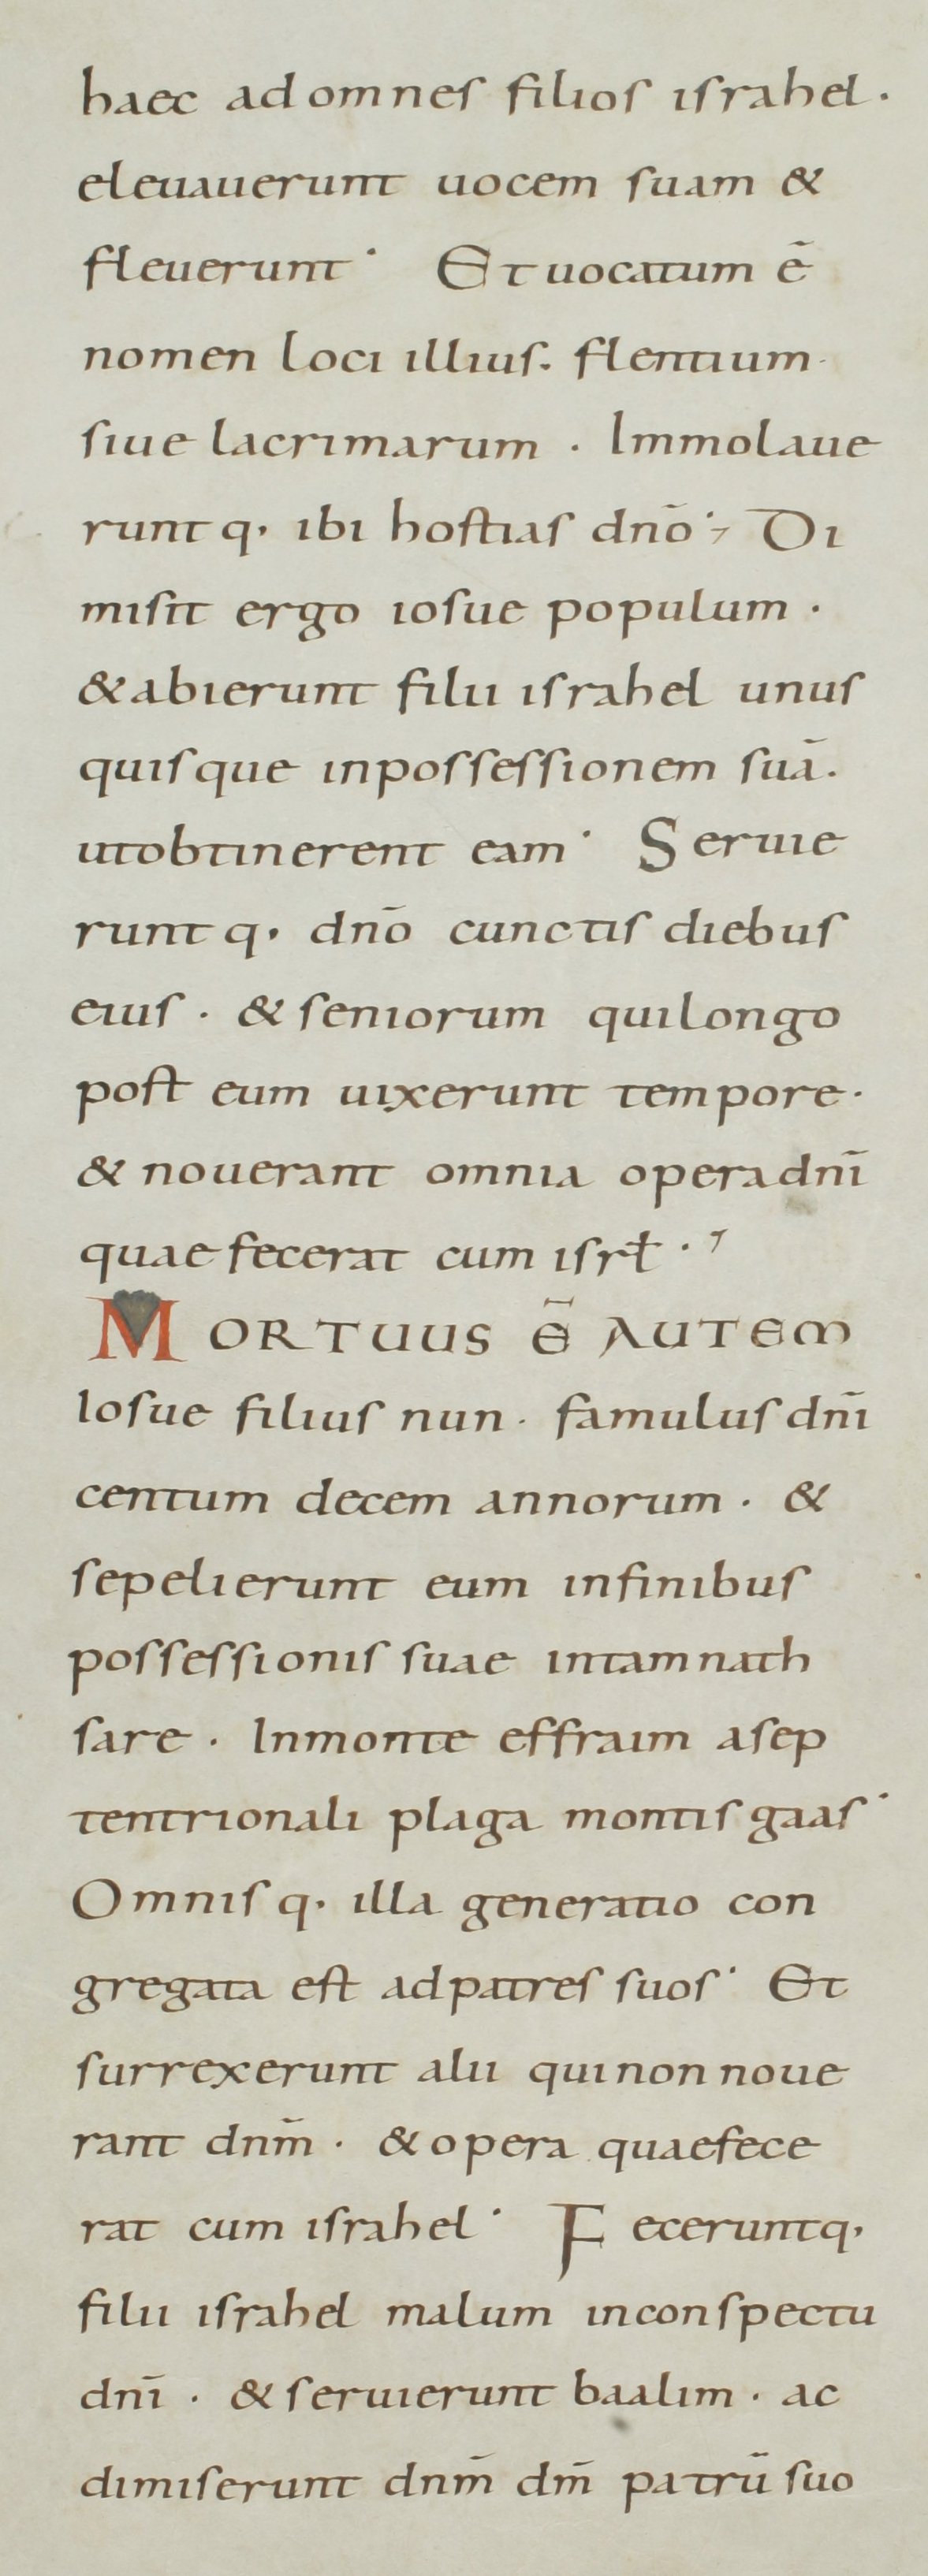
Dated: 800–899